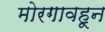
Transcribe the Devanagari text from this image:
मोरगावहून